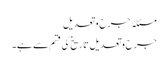
مسئلۂ جرح و تعدیل
جرح وتعدیل تاریخ کی قسم سے ہے۔